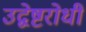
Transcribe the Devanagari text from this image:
उद्वेष्टरोधी